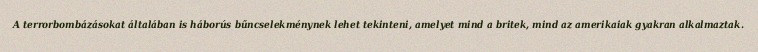
A terrorbombázásokat általában is háborús bűncselekménynek lehet tekinteni, amelyet mind a britek, mind az amerikaiak gyakran alkalmaztak.